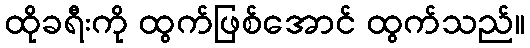
ထိုခရီးကို ထွက်ဖြစ်အောင် ထွက်သည်။